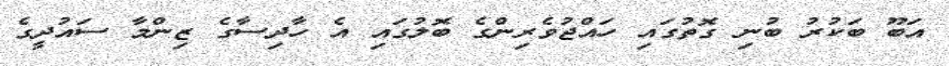
އަބޫ ބަކުރު ބުނި ގޮތުގައި ހައްޖުވެރިންގެ ބޮލުގައި އެ ހާދިސާގެ ޒިންމާ ސައުދީގެ